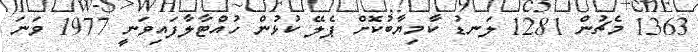
1363 މެޗުން 1281 ލަނޑު ކާމިޔާބުކޮށް ޕެލޭ ކުޅުން ހުއްޓާލާފައިވަނީ 1977 ވަނަ